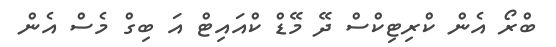
ބްރޯ އެން ކްރިޓިކްސް ދޭ މޭޑް ކްއައިޓް އަ ބިގް މެސް އެން